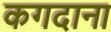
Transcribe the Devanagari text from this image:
कगदाना